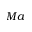
M a